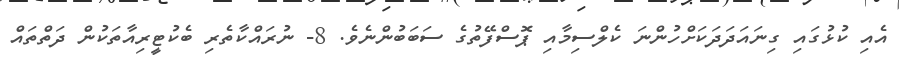
އެއި ކުޅުގައި ގިނައަދަދަކަށްހުންނަ ކެލްސިމާއި ޕޮސްފޭތުގެ ސަބަބުންނެވެ. 8- ނުރައްކާތެރި ބެކުޓީރިއާތަކުން ދަތްތައް